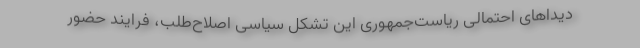
دیداهای احتمالی ریاست‌جمهوری این تشکل سیاسی اصلاح‌طلب، فرایند حضور